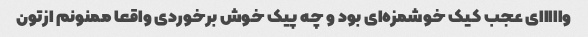
وااااای عجب کیک خوشمزه‌ای بود و چه پیک خوش برخوردی واقعا ممنونم ازتون